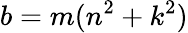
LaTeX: b=m(n^{2}+k^{2})